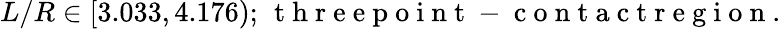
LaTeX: L/R\in[3.033,4.176);\, \mathrm{~t~h~r~e~e~p~o~i~n~t~-~c~o~n~t~a~c~t~r~e~g~i~o~n~}.